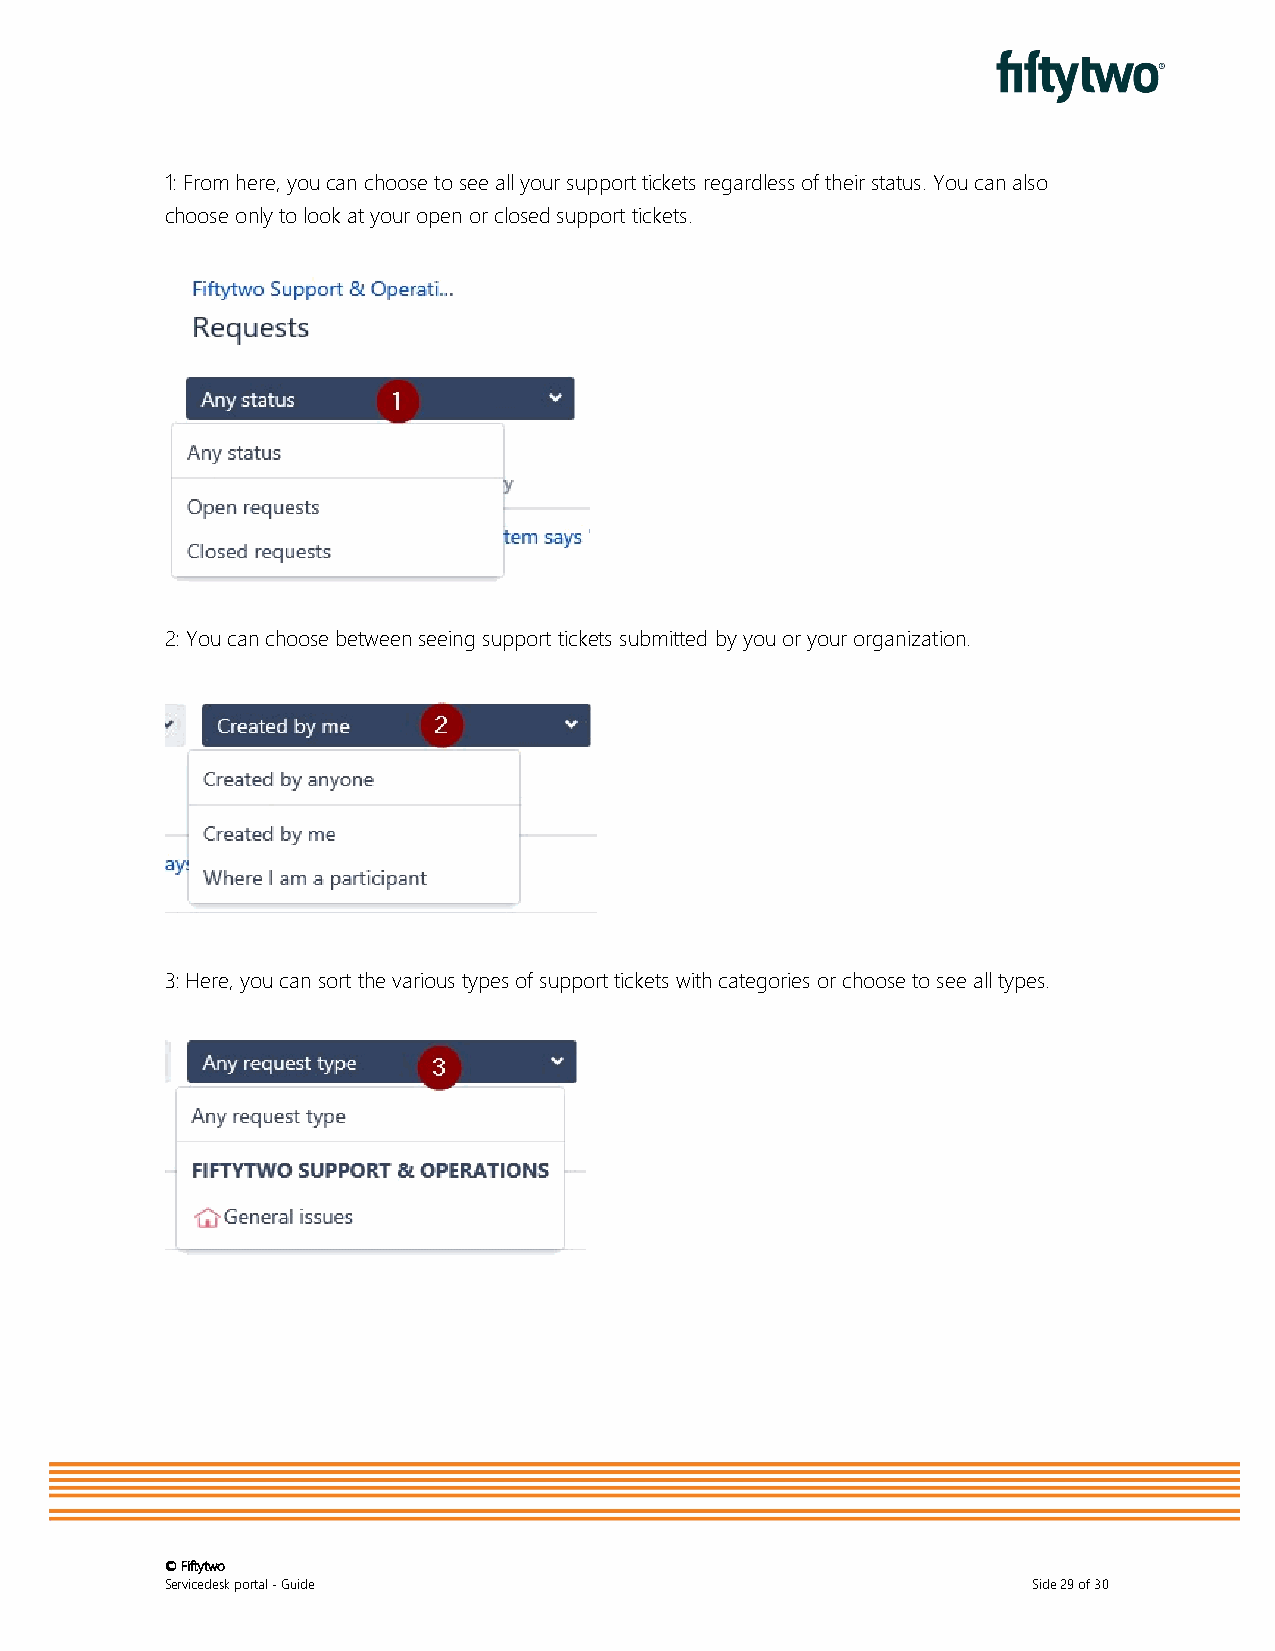
1: From here, you can choose to see all your support tickets regardless of their status. You can also
 choose only to look at your open or closed support tickets.
 2: You can choose between seeing support tickets submitted by you or your organization.
 3: Here, you can sort the various types of support tickets with categories or choose to see all types.
 © Fiftytwo
 Servicedesk portal - Guide                               Side 29 of 30